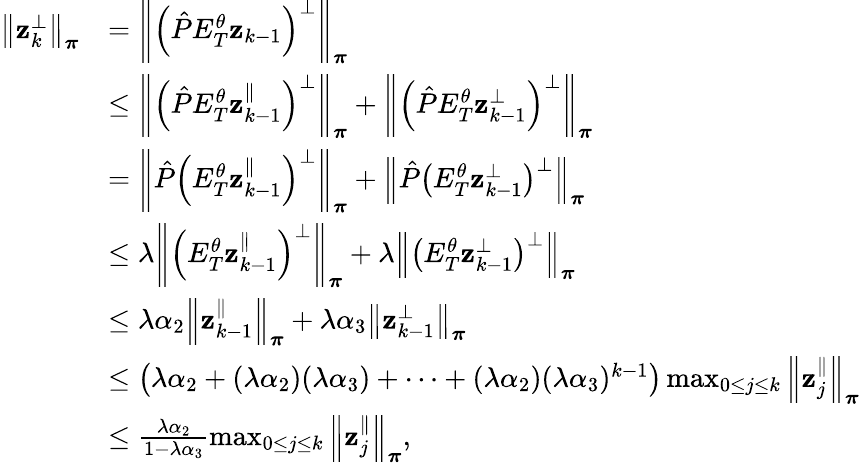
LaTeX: \begin{array}{rl}{\left\lVert\mathbf{z}_{k}^{\perp}\right\rVert_{\boldsymbol\pi}}&{=\left\lVert\left(\hat{P}E_{T}^{\theta}\mathbf{z}_{k-1}\right)^{\perp}\right\rVert_{\boldsymbol\pi}}\\ &{\leq\left\lVert\left(\hat{P}E_{T}^{\theta}\mathbf{z}_{k-1}^{\parallel}\right)^{\perp}\right\rVert_{\boldsymbol\pi}+\left\lVert\left(\hat{P}E_{T}^{\theta}\mathbf{z}_{k-1}^{\perp}\right)^{\perp}\right\rVert_{\boldsymbol\pi}}\\ &{=\left\lVert\hat{P}\left(E_{T}^{\theta}\mathbf{z}_{k-1}^{\parallel}\right)^{\perp}\right\rVert_{\boldsymbol\pi}+\left\lVert\hat{P}\left(E_{T}^{\theta}\mathbf{z}_{k-1}^{\perp}\right)^{\perp}\right\rVert_{\boldsymbol\pi}}\\ &{\leq\lambda\left\lVert\left(E_{T}^{\theta}\mathbf{z}_{k-1}^{\parallel}\right)^{\perp}\right\rVert_{\boldsymbol\pi}+\lambda\left\lVert\left(E_{T}^{\theta}\mathbf{z}_{k-1}^{\perp}\right)^{\perp}\right\rVert_{\boldsymbol\pi}}\\ &{\leq\lambda\alpha_{2}\left\lVert\mathbf{z}_{k-1}^{\parallel}\right\rVert_{\boldsymbol\pi}+\lambda\alpha_{3}\left\lVert\mathbf{z}_{k-1}^{\perp}\right\rVert_{\boldsymbol\pi}}\\ &{\leq\left(\lambda\alpha_{2}+(\lambda\alpha_{2})(\lambda\alpha_{3})+\dots+(\lambda\alpha_{2})(\lambda\alpha_{3})^{k-1}\right)\operatorname*{max}_{0\leq j\leq k}\left\lVert\mathbf{z}_{j}^{\parallel}\right\rVert_{\boldsymbol\pi}}\\ &{\leq\frac{\lambda\alpha_{2}}{1-\lambda\alpha_{3}}\operatorname*{max}_{0\leq j\leq k}\left\lVert\mathbf{z}_{j}^{\parallel}\right\rVert_{\boldsymbol\pi},}\end{array}